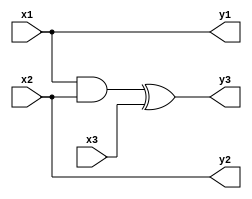
`timescale 1ns / 1ps

module toofli_3X3(
    input x1,
    input x2,
    input x3,
    output y1,
    output y2,
    output y3
    );
    
    assign y1 = x1;
    assign y2 = x2;
    assign y3 = (x1 && x2) ^ x3;
    
endmodule